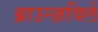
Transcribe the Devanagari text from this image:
ब्राउन्ज़विले